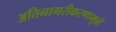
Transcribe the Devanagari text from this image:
अतिनागरीकरणामुळे